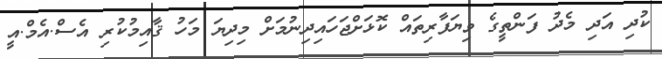
ކުދި އަދި މެދު ފަންތީގެ ވިޔަފާރިތައް ކޮޅަށްޖަހައިދިނުމަށް މިދިޔަ މަހު ޤާއިމުކުރި އެސް.އެމް.އީ